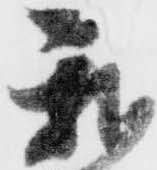
我